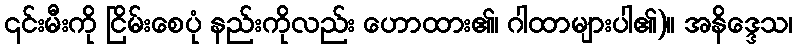
၎င်းမီးကို ငြိမ်းစေပုံ နည်းကိုလည်း ဟောထား၏၊ ဂါထာများပါ၏)။ အနိဒ္ဒေသ၊